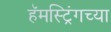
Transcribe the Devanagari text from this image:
हॅमस्ट्रिंगच्या